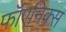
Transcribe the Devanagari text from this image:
फॉएनिक्स